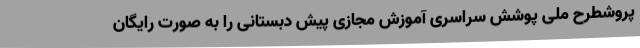
پروشطرح ملی پوشش سراسری آموزش مجازی پیش دبستانی را به صورت رایگان